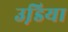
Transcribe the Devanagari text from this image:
उडि़या